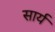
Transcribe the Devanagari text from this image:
सार्य